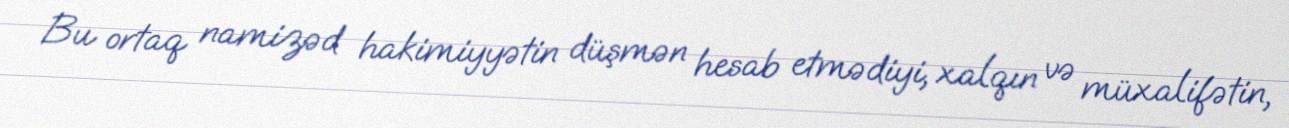
Bu ortaq namizəd hakimiyyətin düşmən hesab etmədiyi, xalqın və müxalifətin,